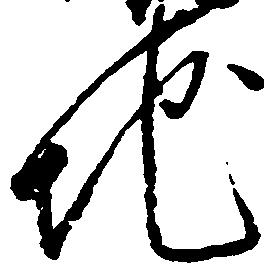
地